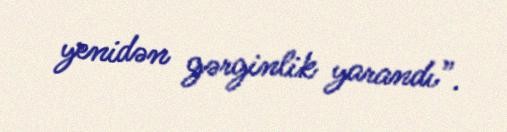
yenidən gərginlik yarandı”.